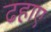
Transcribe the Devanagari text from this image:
ढहाए